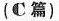
C篇